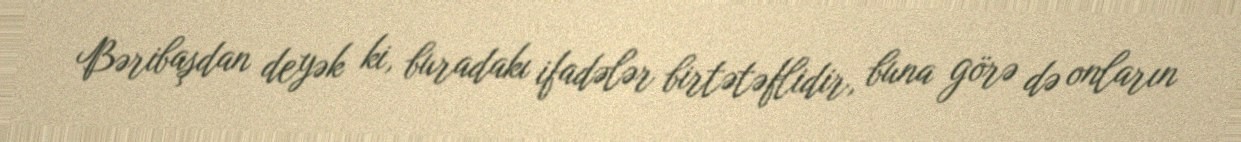
Bəribaşdan deyək ki, buradakı ifadələr birtətəflidir, buna görə də onların